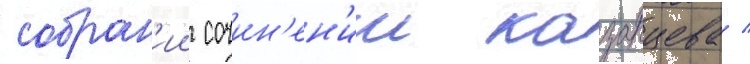
собран'ии сочин'ен'ии казанцева /